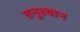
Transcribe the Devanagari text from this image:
तनुस्थान